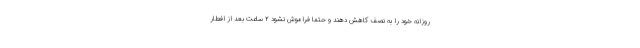
روزانه خود را به نصف کاهش دهند و حتماً فراموش نشود ۲ ساعت بعد از افطار